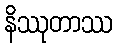
နိဿုတာဿ